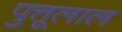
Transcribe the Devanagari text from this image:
पुत्तूलाल